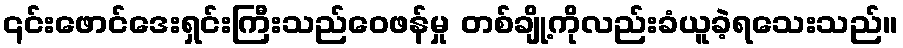
၎င်းဖောင်ဒေးရှင်းကြီးသည်ဝေဖန်မှု တစ်ချို့ကိုလည်းခံယူခဲ့ရသေးသည်။